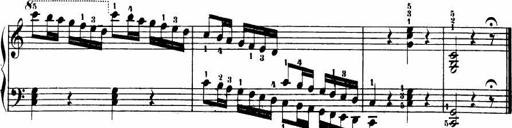
Title: Le bouquetier
Composer: Anton Diabelli
Key: G major
 C major
 F major
 C major